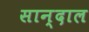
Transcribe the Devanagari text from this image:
सान्दाल